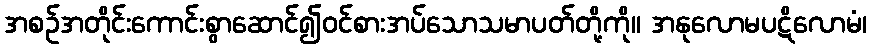
အစဉ်အတိုင်းကောင်းစွာဆောင်၍ဝင်စားအပ်သောသမာပတ်တို့ကို။ အနုလောမပဋိလောမံ၊